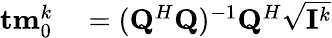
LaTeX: \begin{array}{rl}{{\mathbf{tm}}_{0}^{k}}&{{}=({\mathbf{Q}}^{H}{\mathbf{Q}})^{-1}{\mathbf{Q}}^{H}\sqrt{{\mathbf{I}}^{k}}}\end{array}